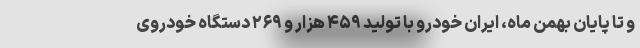
و تا پایان بهمن ماه، ایران خودرو با تولید ۴۵۹ هزار و ۲۶۹ دستگاه خودروی